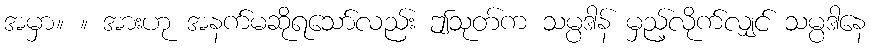
အမှာ။ ။ အားဟု အနက်မဆိုရသော်လည်း ဤသုတ်က သမ္ပဒါန် မှည့်လိုက်လျှင် သမ္ပဒါနေ